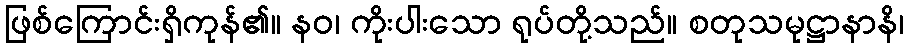
ဖြစ်ကြောင်းရှိကုန်၏။ နဝ၊ ကိုးပါးသော ရုပ်တို့သည်။ စတုသမုဋ္ဌာနာနိ၊